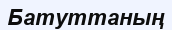
Батуттаның